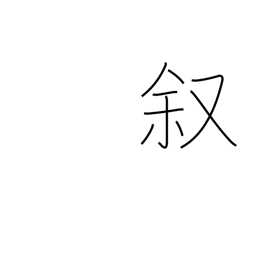
Meaning: narrate